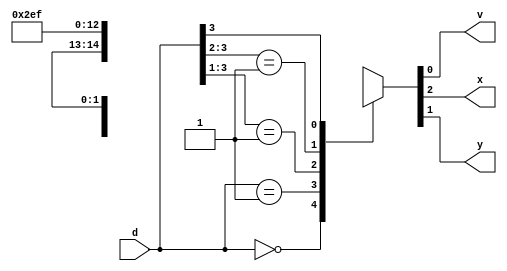
module priority_encoder_4(v, x, y, d);
    output reg v, x, y;
    input [3:0] d;

    //x = D1 + D0
    //y = D0 + D2.D1'
    //V = D0 + D1 + D2 + D3
    always @(d) begin
        casex(d)
            4'b0000: {x, y, v} = 3'bxx0;
            4'b0001: {x, y, v} = 3'b001;
            4'b001x: {x, y, v} = 3'b011;
            4'b01xx: {x, y, v} = 3'b101;
            4'b1xxx: {x, y, v} = 3'b111;
            
        endcase
    end
endmodule

module priority_encoder_4_tb;
    reg [3:0] in;
    //reg en;
    wire v, x, y;
    
    //Instantiate UUT
    priority_encoder_4 UUT(v, x, y, in);

    //stimulus block
    initial
        begin
            in = 4'b0000;
            repeat(15) #10 in = in + 1'b1;
        end
    initial $monitor("in = %b, x = %b, y = %b, v = %b", in, x, y, v);
endmodule